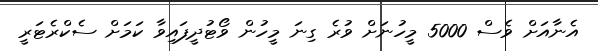
އެނާއަށް ވެސް 5000 މީހުނަށް ވުރެ ގިނަ މީހުން ވޯޓުދީފައިވާ ކަމަށް ސެކްރެޓަރީ